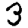
Digit: 3